Civil Veterinary Dept. Bombay admin report 1932-41 - 1932-1941
Year: 1932
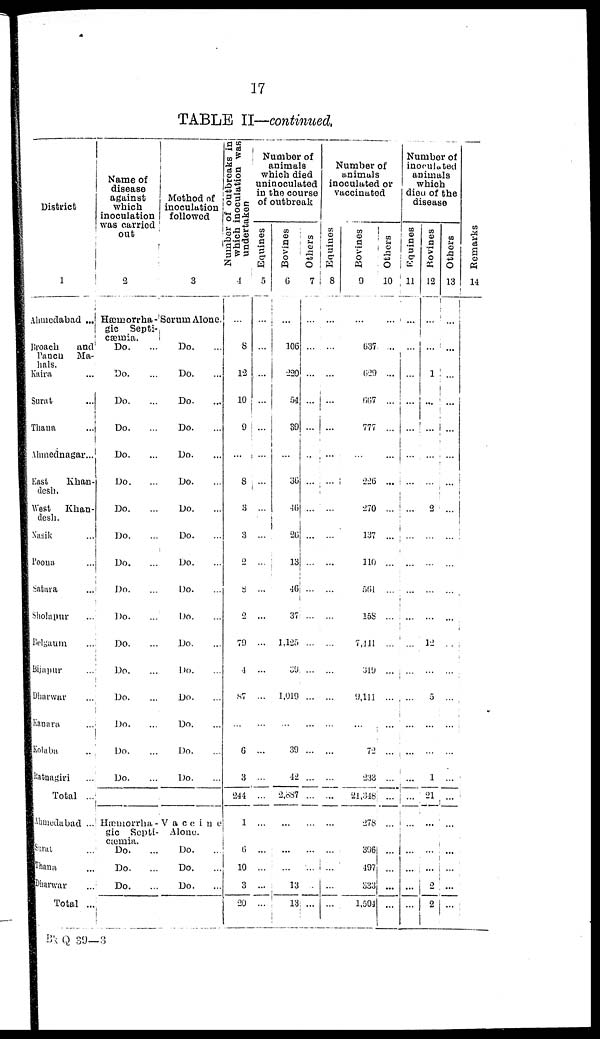
17
TABLE II—continued.
District
1
Ahmedabad ...
Broach
and
Panch Ma-
hals.
Kaira ...
Surat ...
Thana ...
Ahmednagar...
East
Khan-
desh.
West
Khan-
desh.
Nasik ...
Poona ...
Satara ...
Sholapur ...
Belgaum ...
Bijapur ...
Dharwar ...
Kanara ...
Kolaba ...
Ratnagiri ...
Total ...
Ahmedabad ...
Surat ...
Thana ...
Dharwar ...
Total ...
Name of
disease
against
which
inoculation
was carried
out
2
Hæmorrha-
gic Septi-
cæmia.
Do. ...
Do. ...
Do. ...
Do. ...
Do. ...
Do. ...
Do. ...
Do. ...
Do. ...
Do. ...
Do. ...
Do. ...
Do. ...
Do. ...
Do. ...
Do. ...
Do. ...
Hæmorrha -
gic Septi-
cæmia.
Do. ...
Do. ...
Do. ...
Method of
inoculation
followed
3
Serum Alone.
Do. ...
Do. ...
Do. ...
Do. ...
Do. ...
Do. ...
Do. ...
Do. ...
Do. ...
Do. ...
Do. ...
Do. ...
Do. ...
Do. ...
Do. ...
Do. ...
Do. ...
Vaccine
Alone.
Do. ...
Do. ...
Do. ...
Number of outbreaks in
which inoculation was
undertaken
4
...
8
12
10
9
...
8
3
3
2
8
2
79
1
87
...
6
3
244
1
6
10
3
20
Number of
animals
which died
uninoculated
in the course
of outbreak
Equines
5
...
...
...
...
...
...
...
...
...
...
...
...
...
...
...
...
...
...
...
...
...
...
...
Bovines
6
...
106
220
51
39
...
30
46
26
13
46
37
1,125
39
1,019
...
39
42
2,887
...
...
...
13
13
Others
7
....
...
...
...
...
...
...
...
...
...
...
...
...
...
...
...
...
...
...
...
...
...
...
Number of
animals
inoculated or
vaccinated
Equines
8
...
...
...
...
...
...
...
...
...
...
...
...
...
...
...
...
...
...
...
...
...
...
...
...
Bovines
9
...
637
629
667
777
...
226
270
137
110
561
158
7,411
319
9,111
...
72
233
21,348
278
396
197
333
1,504
Others
10
...
...
...
...
...
...
...
...
...
...
...
...
...
...
...
...
...
...
...
...
...
...
...
...
Number of
inoculated
animals
which
died of the
disease
Equines
11
...
...
...
...
...
...
...
...
...
...
...
...
...
...
...
...
...
...
...
...
...
...
...
...
Bovines
12
...
...
...
...
...
...
...
2
...
...
...
...
12
...
5
...
...
1
21
...
...
...
2
2
Others
13
...
...
...
...
...
...
...
...
...
...
...
...
...
...
...
...
...
...
...
...
...
...
...
...
Re ma r
ks
14
Bk Q 39—3